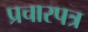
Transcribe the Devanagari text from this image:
प्रचारपत्र